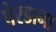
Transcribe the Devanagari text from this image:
पेरडाना